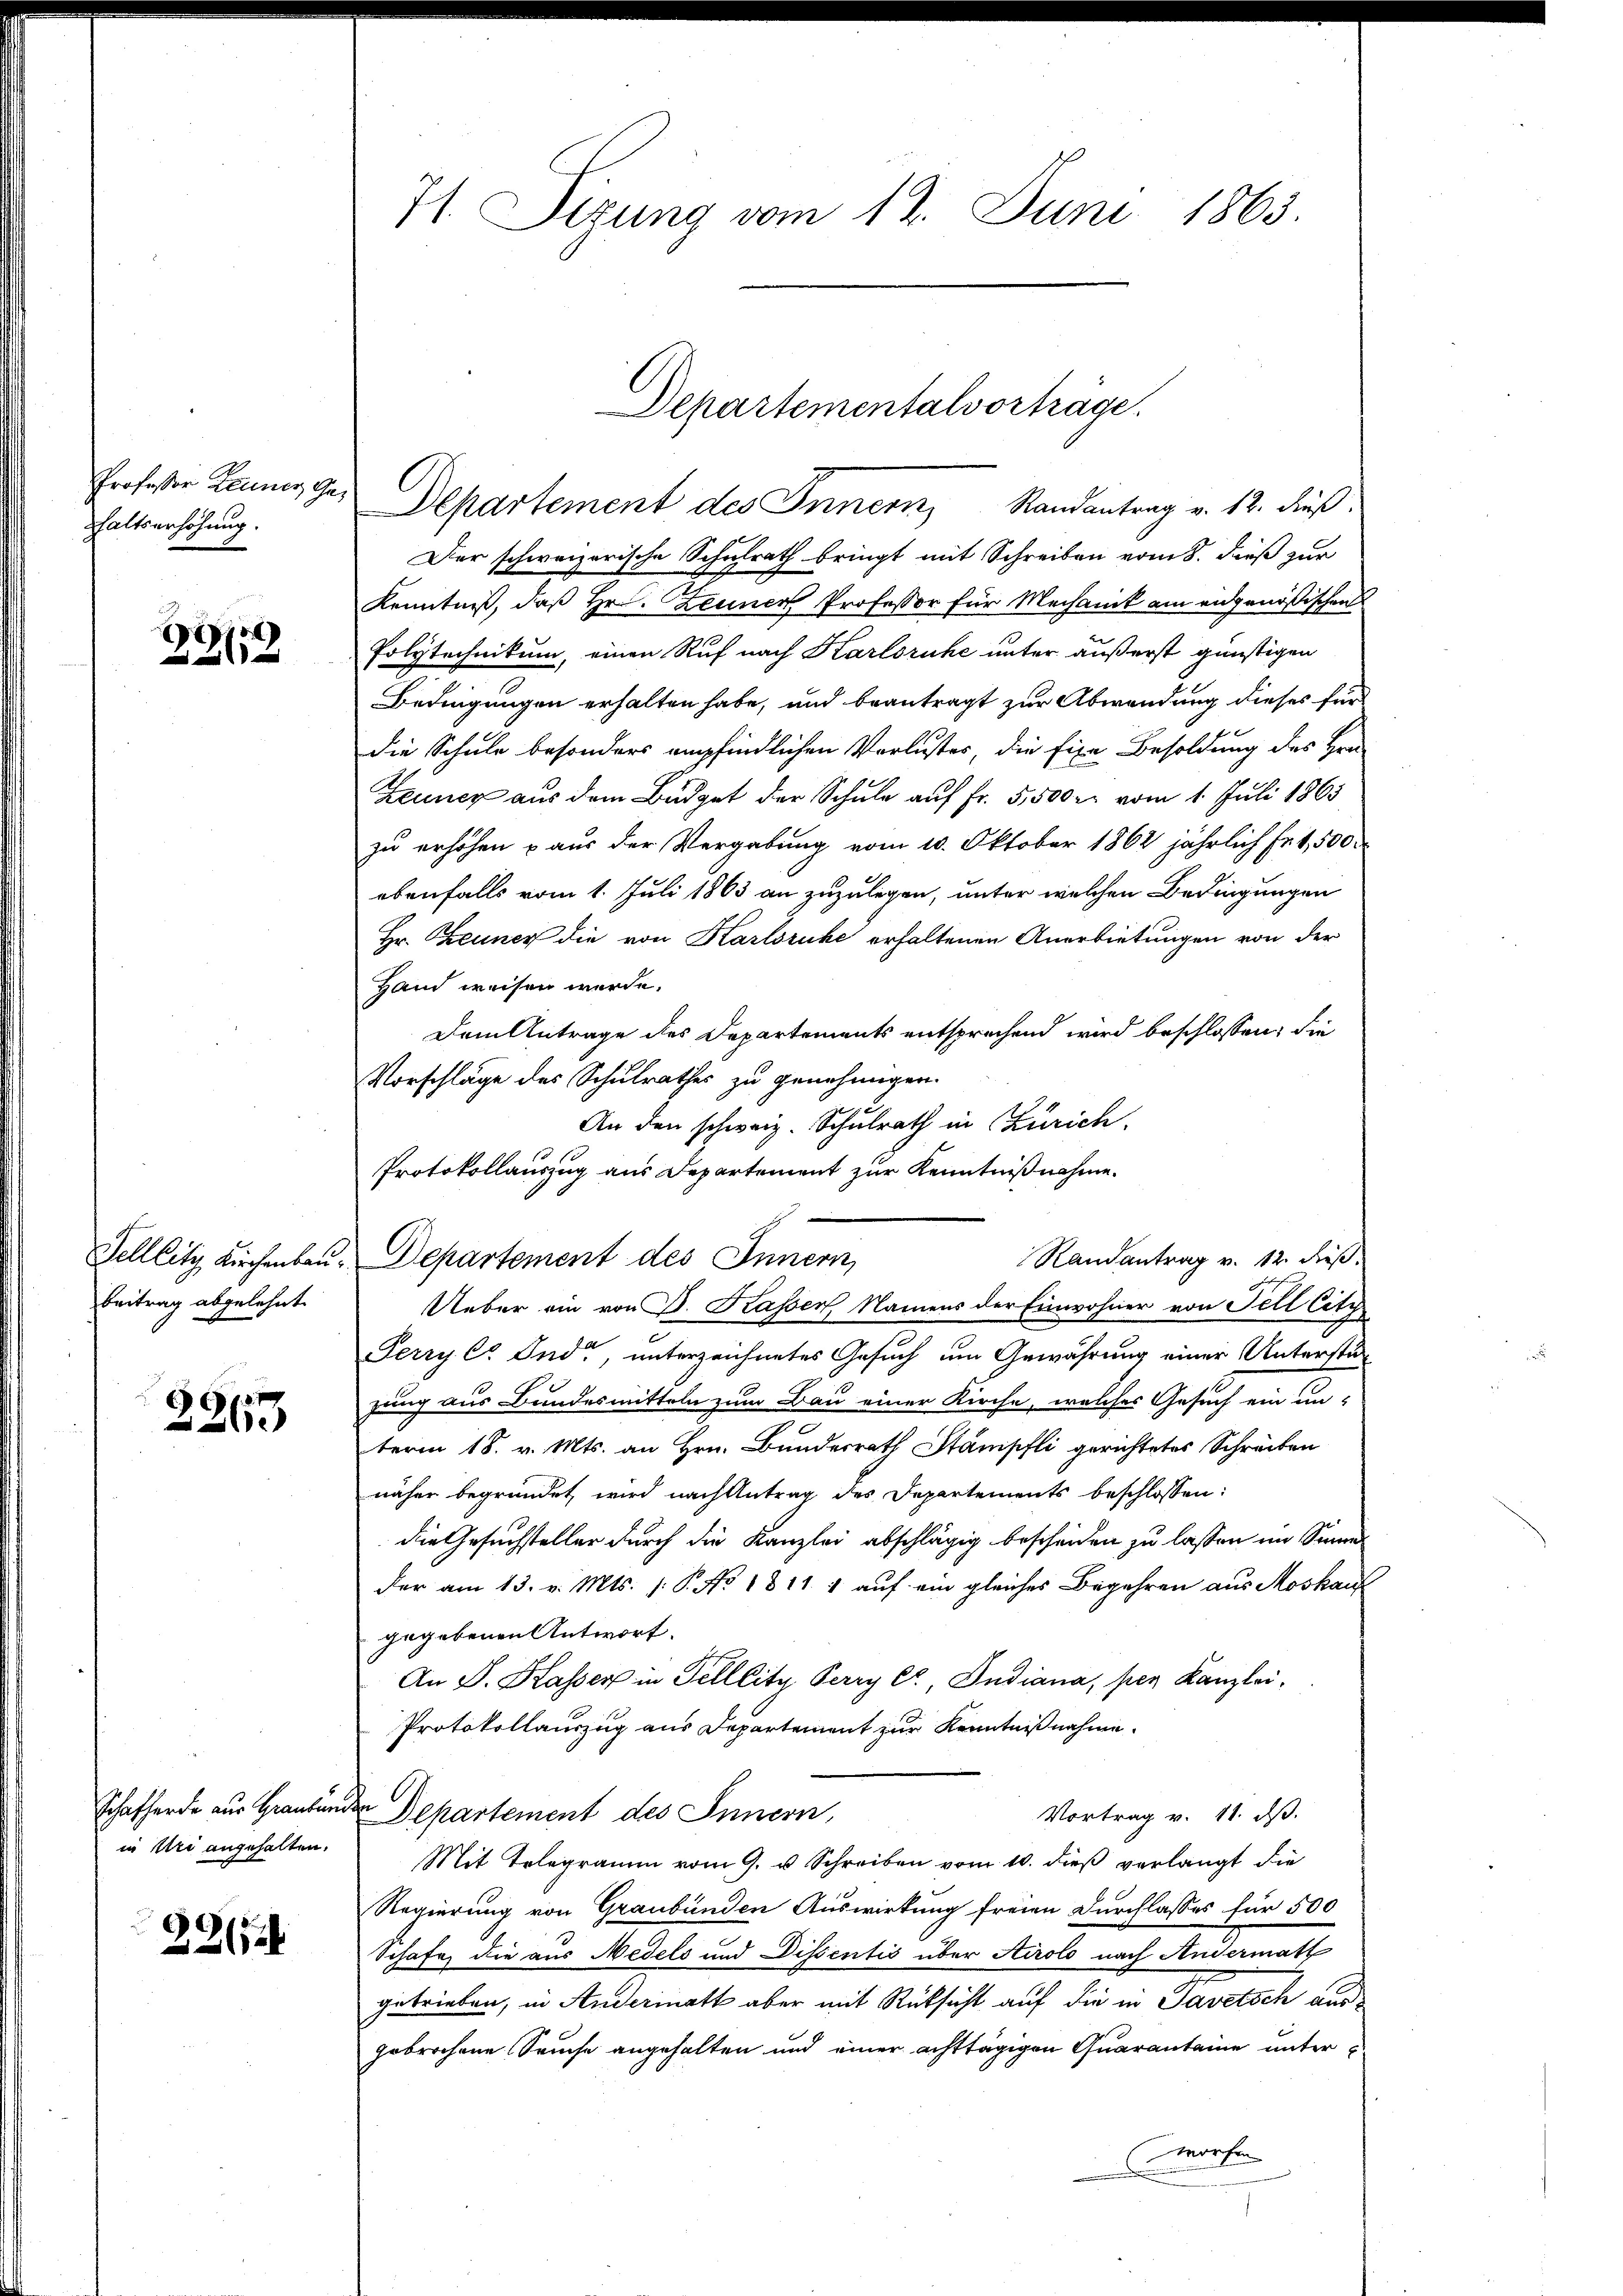
Professor Zeunes Ge
haltserhöhung.

)
2112

Beitrag abgelehnt.

2263

in Uri angehalten.

22124

71. Sizung vom 12. Juni 1863.

Felllitz Kirchenbau. Departement des Innern,

Departementalvortrage.

Departement des Innern, Randantrag v. 12. dieß.
Der schweizerische Schulrath bringt mit Schreiben vom 8. dieß zur
Kenntniß, daß Hr. Zeuner Professor für Mechanik ein angenößischen
Polytechnikum, einen Ruf nach Karlsruhe unter äußerst günstigen
Bedingungen erhalten habe, und beantragt zur Abwendung dieses für
die Schule besonders empfindlichen Verlustes, die fixe Besoldung des Hrn
Zeuner aus dem Büdget der Schule auf Fr. 5,500 r. vom 1. Juli 1865
zu erhöhen u aus der Vergabung vom 10. Oktober 1862 jährlich Fr. 1,500
ebenfalls vom 1. Juli 1863 an zuzulegen, unter welchen Bedingungen
Hr. Theuner die von Karlsruhe erhaltenen Anerbietungen von der
Hand weisen werde.
Dem Antrage des Departements entsprechend wird beschlossen, die
Vorschläge des Schulrathes zu genehmigen.
An den schweiz. Schulrath in Zürich.
Protokollauszug aus Departement zur Kenntnißnahme.
Ueber ein von D. Kasser, Namens der Einwohner von Fell Citz
Perry C. Ende, unterzeichnetes Gesuch um Gewährung einer Unterstüzung aus Bundesmitteln zum Bau einer Kirche, welches Gesuch ein un-
term 18. v. Mts. an Hrn. Bundesrath Stampfli gerichtetes Schreiben
näher begründet wird nach Antrag des Departements beschlossen:
die Gesuchsteller durch die Kanzlei abschlägig bescheiden zu lassen im Sinne
der am 13. v. Mts. /: P. No 1811 1 auf ein gleiches Begehren aus Moskauf
gegebenen Antwort.
An P. Kasser in Felllite Perry C, Indiana, per Kanzlei.
Protokollauszug aus Departement zur Kenntnißnahme.
Schafherde aus Graubünden Departement des Innern,
Vortrag v. 11. ds.
Mit Telegramm vom 9. u Schreiben vom 10. dieß verlangt die
Regierung von Graubünden Auswirkung freien Durchlasses für 500
Schafe, die aus Nedels und Dissentis über Airolo nach Andermatt
getrieben, in Andermatt aber mit Rücksicht auf die in Savetsch ausgebrochene Seuche angehalten und einer achttägigen Quarantane unter
worfen

Randantrag v. 12. dieß.